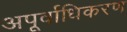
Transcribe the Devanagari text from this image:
अपूर्वाधिकरण